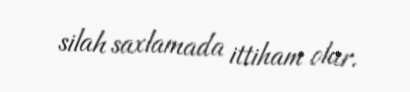
silah saxlamada ittiham olur.